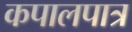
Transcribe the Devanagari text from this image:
कपालपात्र